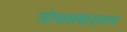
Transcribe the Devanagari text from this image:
जोपासणाऱ्याला